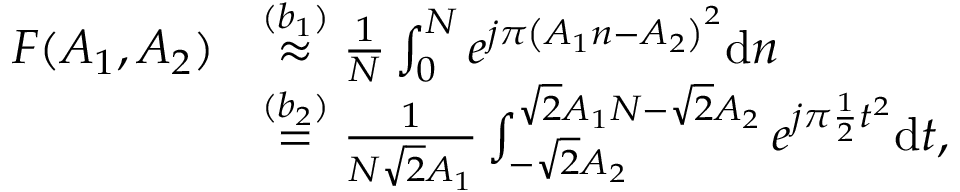
\begin{array} { r l } { F ( A _ { 1 } , A _ { 2 } ) } & { \stackrel { ( b _ { 1 } ) } { \approx } \frac { 1 } { N } \int _ { 0 } ^ { N } e ^ { j \pi \left( A _ { 1 } n - A _ { 2 } \right) ^ { 2 } } \mathrm { d } n } \\ & { \stackrel { ( b _ { 2 } ) } { = } \frac { 1 } { N \sqrt { 2 } A _ { 1 } } \int _ { - \sqrt { 2 } A _ { 2 } } ^ { \sqrt { 2 } A _ { 1 } N - \sqrt { 2 } A _ { 2 } } e ^ { j \pi \frac { 1 } { 2 } t ^ { 2 } } \mathrm { d } t , } \end{array}